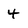
Character: 4